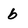
Character: b